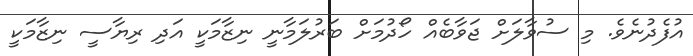
އުފެދުނެވެ. މި ސުވާލަށް ޖަވާބެއް ހޯދުމަށް ބަރުލަމާނީ ނިޒާމަކީ އަދި ރިޔާސީ ނިޒާމަކީ